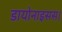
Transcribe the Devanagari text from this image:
डायोनाइसस।